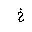
Letter: _kha